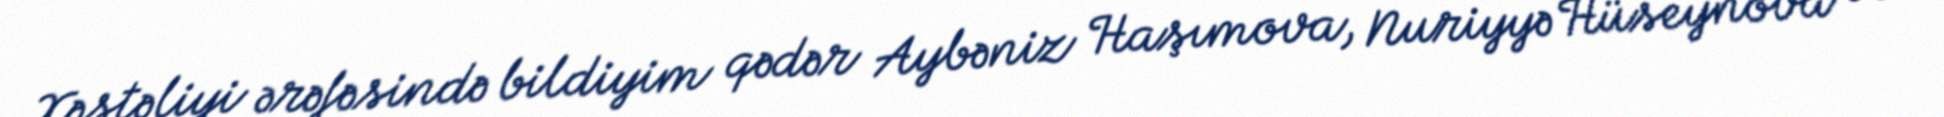
Xəstəliyi ərəfəsində bildiyim qədər Aybəniz Haşımova, Nuriyyə Hüseynova və